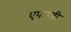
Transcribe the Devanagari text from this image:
एफावी